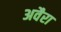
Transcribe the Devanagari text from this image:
अवैरा